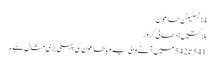
4: جسٹینن طاعون
ہلاکتیں: ڈھائی کروڑ
541 تا 542 میں آنے والی یہ وبا طاعون کی پہلی بڑی مثال ہے۔